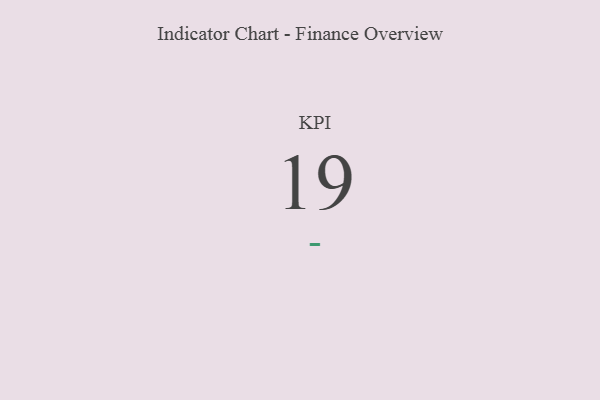
{"axis": {"x": "KPI", "y": "Value"}, "legend": [""], "data": [{"x": "KPI", "y": 19, "type": ""}]}